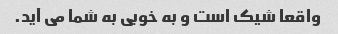
واقعا شیک است و به خوبی به شما می آید.